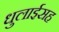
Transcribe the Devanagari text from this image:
धुलाईसह